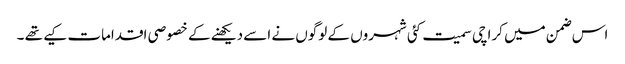
اس ضمن میں کراچی سمیت کئی شہروں کے لوگوں نے اسے دیکھنے کے خصوصی اقدامات کیے تھے ۔